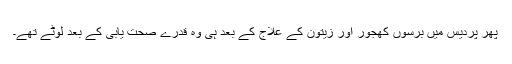
پھر پردیس میں برسوں کھجور اور زیتون کے علاج کے بعد ہی وہ قدرے صحت یابی کے بعد لوٹے تھے۔